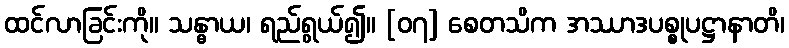
ထင်လာခြင်းကို။ သန္ဓာယ၊ ရည်ရွယ်၍။ [၀၇] စေတသိက အဿာဒပစ္စုပဋ္ဌာနာတိ၊